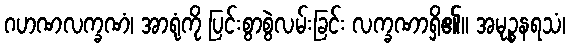
ဂဟဏလက္ခဏံ၊ အာရုံကို ပြင်းစွာစွဲလမ်းခြင်း လက္ခဏာရှိ၏။ အမုဉ္စနရသံ၊